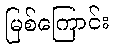
မြစ်ကြောင်း